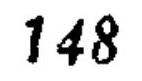
148